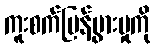
ကူးစက်ပြန့်ပွားမှုကို